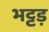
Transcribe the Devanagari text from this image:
भट्टड़